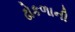
ઢોકળાની